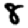
Digit: 8